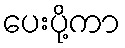
ပေးပို့ကာ